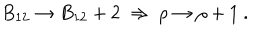
B _ { 1 2 } \to B _ { 1 2 } + 2 \ \Rightarrow \ \rho \to \rho + 1 \ .